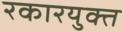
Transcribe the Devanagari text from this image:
रकारयुक्त